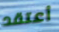
أعتقد